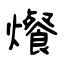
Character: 爘